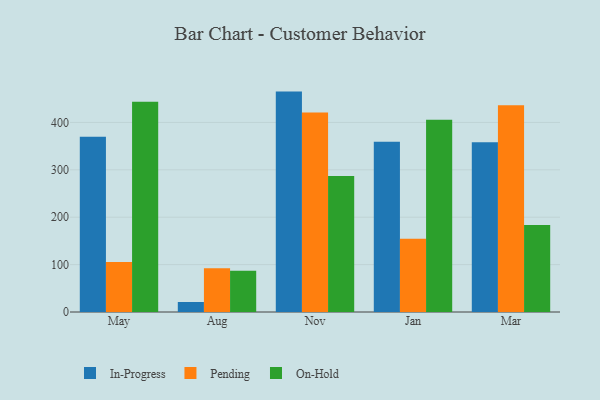
{"axis": {"x": "Month", "y": "Headcount"}, "legend": ["In-Progress", "On-Hold", "Pending"], "data": [{"x": "May", "y": 369.6, "type": "In-Progress"}, {"x": "May", "y": 105.7, "type": "Pending"}, {"x": "May", "y": 443.9, "type": "On-Hold"}, {"x": "Aug", "y": 21.1, "type": "In-Progress"}, {"x": "Aug", "y": 92.3, "type": "Pending"}, {"x": "Aug", "y": 87.1, "type": "On-Hold"}, {"x": "Nov", "y": 465.1, "type": "In-Progress"}, {"x": "Nov", "y": 420.9, "type": "Pending"}, {"x": "Nov", "y": 287.1, "type": "On-Hold"}, {"x": "Jan", "y": 359.4, "type": "In-Progress"}, {"x": "Jan", "y": 154.4, "type": "Pending"}, {"x": "Jan", "y": 405.6, "type": "On-Hold"}, {"x": "Mar", "y": 358.1, "type": "In-Progress"}, {"x": "Mar", "y": 436.2, "type": "Pending"}, {"x": "Mar", "y": 183.4, "type": "On-Hold"}]}